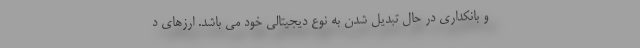
و بانکداری در حال تبدیل شدن به نوع دیجیتالی خود می باشد. ارزهای د